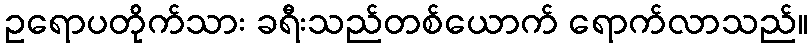
ဥရောပတိုက်သား ခရီးသည်တစ်ယောက် ရောက်လာသည်။